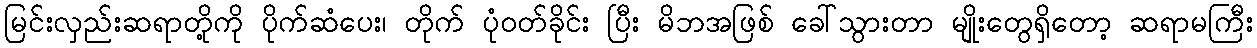
မြင်းလှည်းဆရာတို့ကို ပိုက်ဆံပေး၊ တိုက် ပုံဝတ်ခိုင်း ပြီး မိဘအဖြစ် ခေါ်သွားတာ မျိုးတွေရှိတော့ ဆရာမကြီး